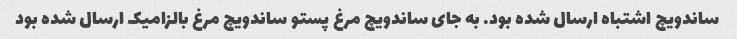
ساندویچ اشتباه ارسال شده بود. به جای ساندویچ مرغ پستو ساندویچ مرغ بالزامیک ارسال شده بود